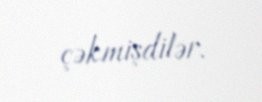
çəkmişdilər.